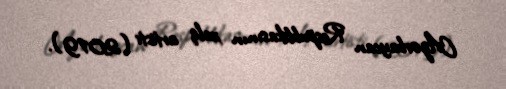
Azərbaycan Respublikasının xalq artisti (2019).